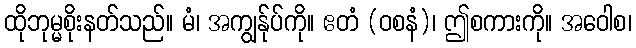
ထိုဘုမ္မစိုးနတ်သည်။ မံ၊ အကျွန်ုပ်ကို။ ဧတံ (ဝစနံ)၊ ဤစကားကို။ အဝေါစ၊